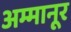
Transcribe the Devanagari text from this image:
अम्मानूर